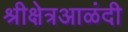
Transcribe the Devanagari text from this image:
श्रीक्षेत्रआळंदी